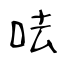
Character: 呿